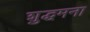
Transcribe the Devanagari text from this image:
शुद्धमना